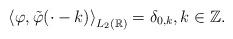
LaTeX: \begin{align*}\left \langle \varphi , \tilde{\varphi} (\cdot - k) \right\rangle_{L_{2}(\mathbb{R})} = \delta_{0,k} , k \in \mathbb{Z}.\end{align*}